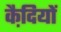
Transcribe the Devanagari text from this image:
कै़दियों